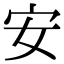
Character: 安